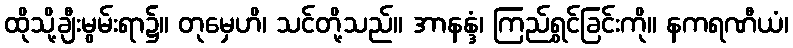
ထိုသို့ချီးမွမ်းရာ၌။ တုမှေဟိ၊ သင်တို့သည်။ အာနန္ဒံ၊ ကြည်ရွှင်ခြင်းကို။ နကရဏီယံ၊